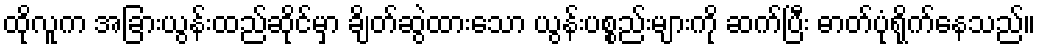
ထိုလူက အခြားယွန်းထည်ဆိုင်မှာ ချိတ်ဆွဲထားသော ယွန်းပစ္စည်းများကို ဆက်ပြီး ဓာတ်ပုံရိုက်နေသည်။